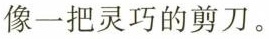
像一把灵巧的剪刀。